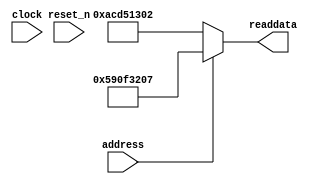
module soc_system_sysid_qsys (
               // inputs:
                address,
                clock,
                reset_n,

               // outputs:
                readdata
             )
;

  output  [ 31: 0] readdata;
  input            address;
  input            clock;
  input            reset_n;

  wire    [ 31: 0] readdata;
  //control_slave, which is an e_avalon_slave
  assign readdata = address ? 1494168071 : 2899645186;

endmodule